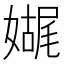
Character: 𫱬